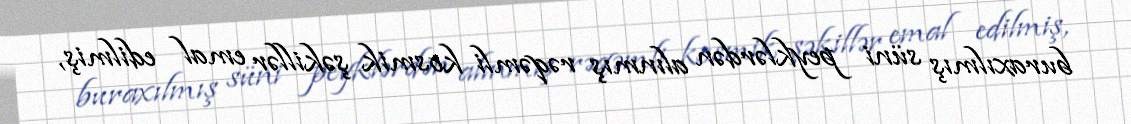
buraxılmış süni peyklərdən alınmış rəqəmli kosmik şəkillər emal edilmiş,